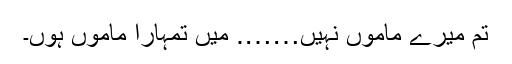
تم میرے ماموں نہیں……. میں تمہارا ماموں ہوں۔